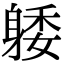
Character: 躷